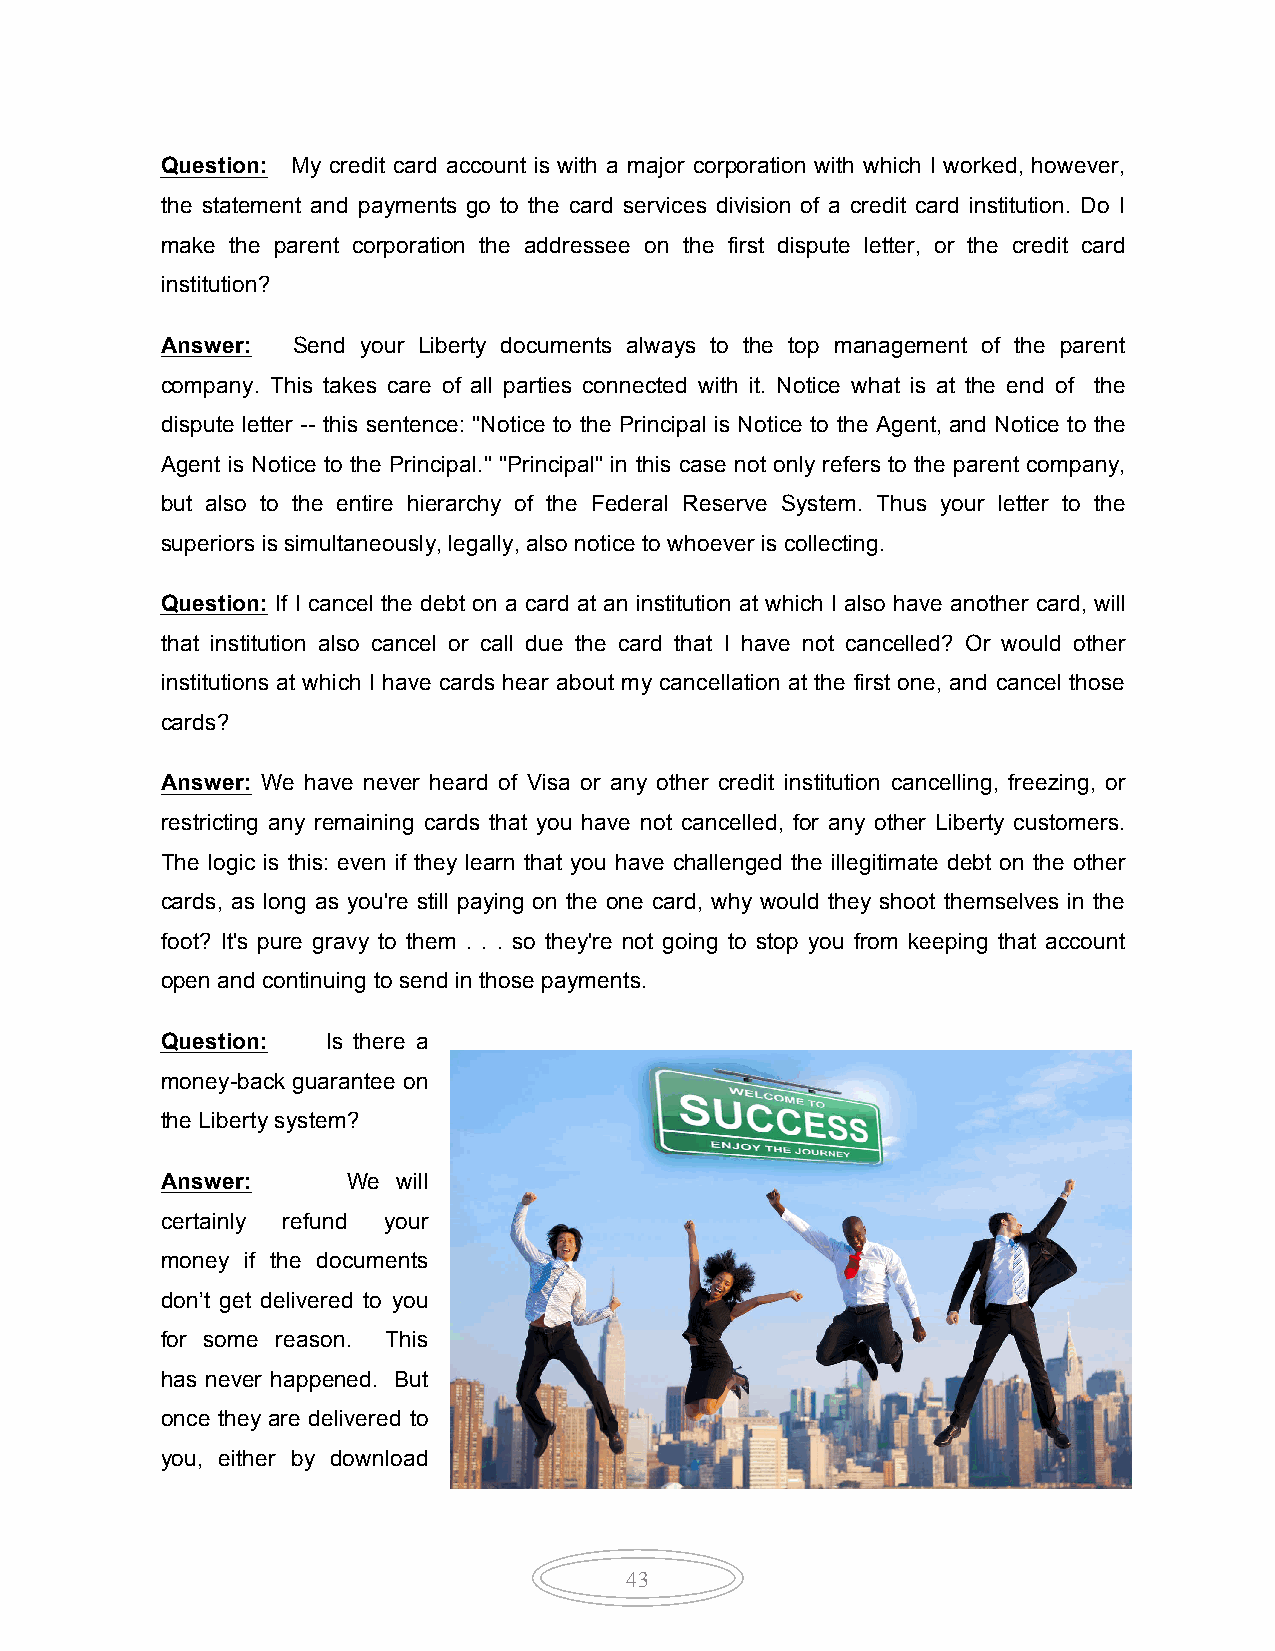
Question: My credit card account is with a major corporation with which I worked, however,
 the statement and payments go to the card services division of a credit card institution. Do I
 make the parent corporation the addressee on the first dispute letter, or the credit card
 institution?
 Answer: Send your Liberty documents always to the top management of the parent
 company. This takes care of all parties connected with it. Notice what is at the end of the
 dispute letter -- this sentence: "Notice to the Principal is Notice to the Agent, and Notice to the
 Agent is Notice to the Principal." "Principal" in this case not only refers to the parent company,
 but also to the entire hierarchy of the Federal Reserve System. Thus your letter to the
 superiors is simultaneously, legally, also notice to whoever is collecting.
 Question: If I cancel the debt on a card at an institution at which I also have another card, will
 that institution also cancel or call due the card that I have not cancelled? Or would other
 institutions at which I have cards hear about my cancellation at the first one, and cancel those
 cards?
 Answer: We have never heard of Visa or any other credit institution cancelling, freezing, or
 restricting any remaining cards that you have not cancelled, for any other Liberty customers.
 The logic is this: even if they learn that you have challenged the illegitimate debt on the other
 cards, as long as you're still paying on the one card, why would they shoot themselves in the
 foot? It's pure gravy to them . . . so they're not going to stop you from keeping that account
 open and continuing to send in those payments.
 Question:  Is there a
 money-back guarantee on
 the Liberty system?
 Answer:     We will
 certainly refund your
 money if the documents
 don’t get delivered to you
 for some reason. This
 has never happened. But
 once they are delivered to
 you, either by download
 43